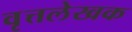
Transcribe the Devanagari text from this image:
वृत्तलेखक